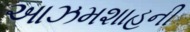
આઝમશાહની